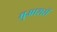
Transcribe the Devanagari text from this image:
मुआशरों